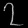
Digit: ၇